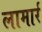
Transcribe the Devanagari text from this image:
लामार्र